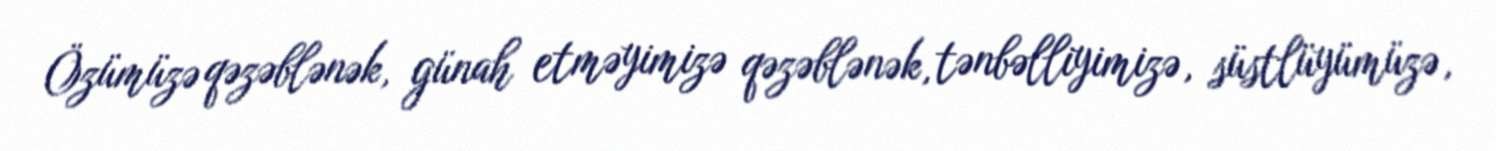
Özümüzə qəzəblənək, günah etməyimizə qəzəblənək, tənbəlliyimizə, süstlüyümüzə,